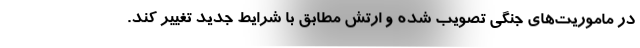
در ماموریت‌های جنگی تصویب شده و ارتش مطابق با شرایط جدید تغییر کند.